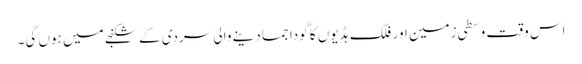
اس وقت وسطی زمین اور فلک ہڈیوں کا گودا جما دینے والی سردی کے شکنجے میں ہوں گی۔